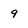
Character: 9